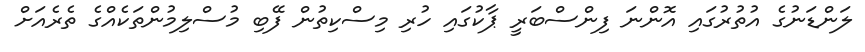
ލަންޑަނުގެ އުތުރުގައި އޮންނަ ފިންސްބަރީ ޕާކުގައި ހުރި މިސްކިތުން ފޭބި މުސްލިމުންތަކެއްގެ ތެރެއަށް